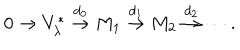
LaTeX: 0 \rightarrow V _ { \lambda } ^ { * } \stackrel { d _ { 0 } } { \rightarrow } M _ { 1 } \stackrel { d _ { 1 } } { \rightarrow } M _ { 2 } \stackrel { d _ { 2 } } { \rightarrow } \cdots .